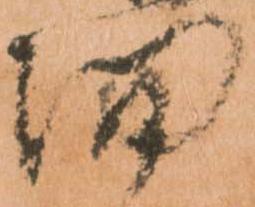
面